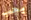
يجب